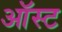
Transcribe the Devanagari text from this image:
ऑस्ट